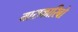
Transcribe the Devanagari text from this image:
माराकारिबो